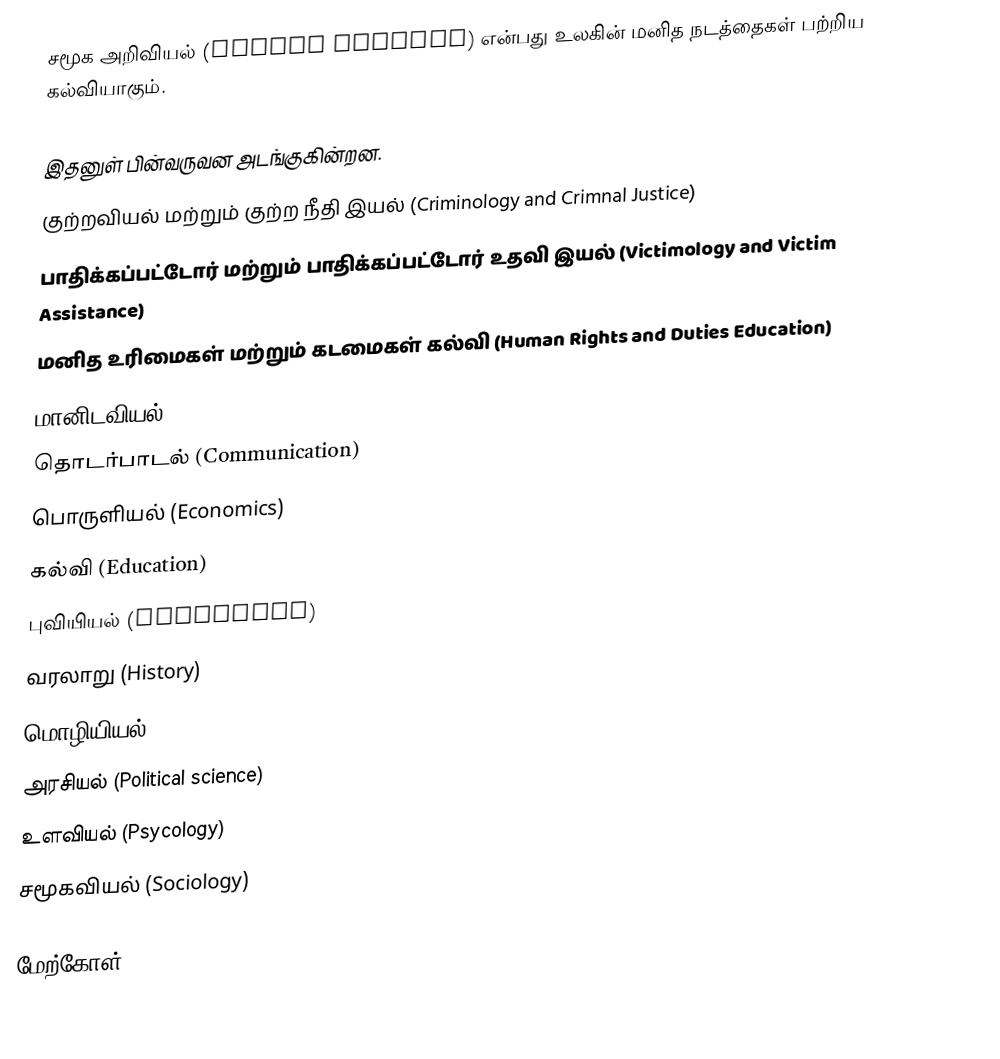
சமூக அறிவியல் (Social science) என்பது உலகின் மனித நடத்தைகள் பற்றிய கல்வியாகும்.

இதனுள் பின்வருவன அடங்குகின்றன.
 குற்றவியல் மற்றும் குற்ற நீதி இயல் (Criminology and Crimnal Justice)
 பாதிக்கப்பட்டோர் மற்றும் பாதிக்கப்பட்டோர் உதவி இயல் (Victimology and Victim Assistance)
 மனித உரிமைகள் மற்றும் கடமைகள் கல்வி (Human Rights and Duties Education)
 மானிடவியல் (Anthropology)
 தொடர்பாடல் (Communication)
 பொருளியல் (Economics)
 கல்வி (Education)
 புவியியல் (Geography)
 வரலாறு (History)
 மொழியியல் (Linguistics)
 அரசியல் (Political science)
 உளவியல் (Psycology)
 சமூகவியல் (Sociology)

மேற்கோள்